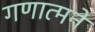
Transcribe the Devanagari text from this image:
गणात्मने